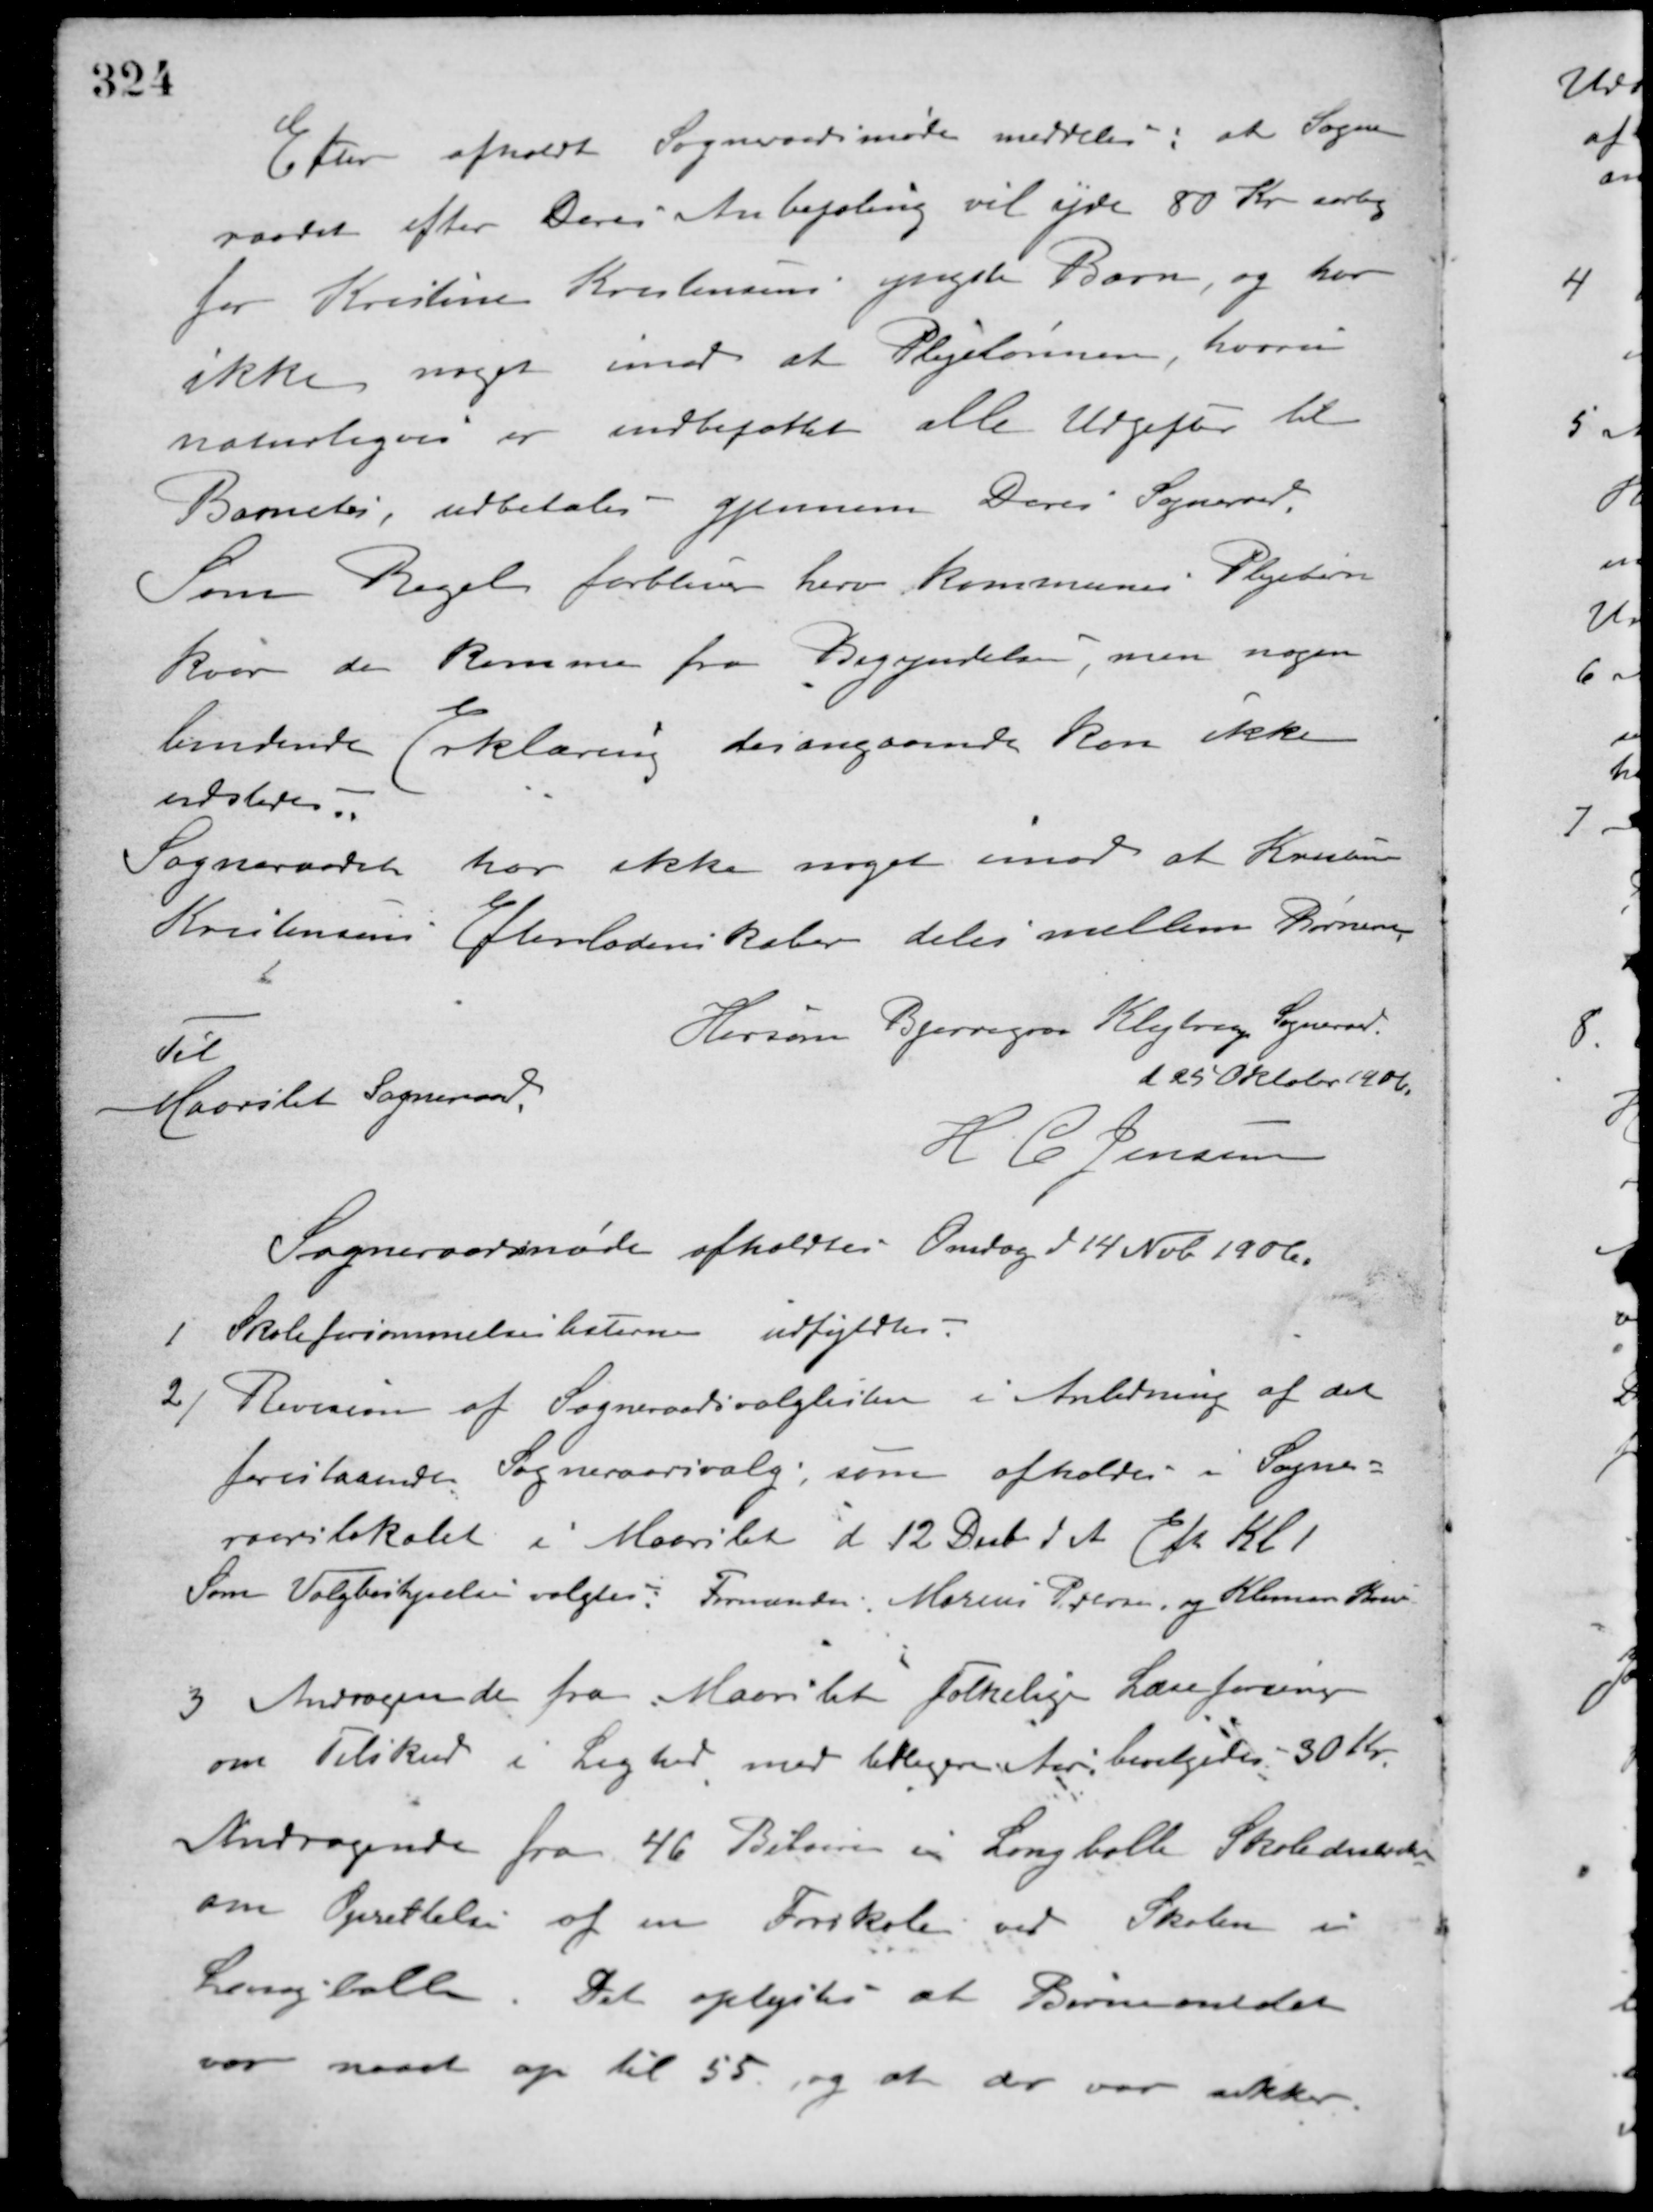
Transskription:
Efter afholdt Sogneraadsmøde meddeles: at Sogne-
raadet efter Deres Anbefaling vil yde 80 Kr. aarlig
for Kristine Kristensens yngste Barn, og har
ikke noget imod at Plejelønnen, hvori
naturligvis er indbefattet alle Udgifter til
Barnetøj, udbetales gjennem Deres Sogneraad.
Som Regel forbliver herv. kommunes Plejebørn
hvor de kommer fra Begyndelsen, men nogen
bindende Erklæring desangaaende kan ikke
udstedes.
Sogneraadet har ikke noget imod at Kristine
Kristensens Efterladenskaber deles mellem Børnene.
Hersom Bjerregrav Klejtrup Sogneraad.
d 25 Oktober 1906.
H. C. Jensen
Til
Maarslet Sogneraaad
Sogneraadsmøde afholdtes Onsdag d 14 Nob. 1906.
1 Skoleforsømmelseslisterne udfyldtes.
2/ Revision af Sogneraadsvalglisten i Anledning af det
forestaaende Sogneraadsvalg, som afholdes i Sogne-
raadslokalet i Maarslet d 12 Decb. d. A. Eft. Kl. 1.
Som Valgbestyrelse valgtes: Formanden, Marius Petersen, og Klemen Sørensen.
3 Andragende fra Maarslet folkelige Læseforening
om Tilskud i Lighed, med tilligere Aar, bevilgedes 30 Kr.
Andragende fra 46 Beboere i Langballe Skoledistrikt
om Oprettelse af en Forskole ved Skolen i
Langballe. Det oplystes at Børneantallet
var naaet op til 55, og at der var sikker